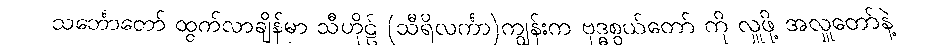
သင်္ဘောတော် ထွက်လာချိန်မှာ သီဟိုဠ် (သီရိလင်္ကာ)ကျွန်းက ဗုဒ္ဓစွယ်တော် ကို လှူဖို့ အလှူတော်နဲ့